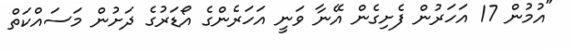
"އުމުން 17 އަހަރުން ފެށިގެން އޭނާ ވަނީ އަހަރެންގެ އޯޑަރުގެ ދަށުން މަސައްކަތް